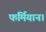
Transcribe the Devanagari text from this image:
फर्मियान।